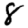
Digit: 8